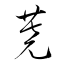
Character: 蕘